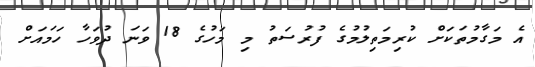
އެ މަގާމުތަކަށް ކުރިމަތިލުމުގެ ފުރުސަތު މި މަހުގެ 18 ވަނަ ދުވަހާ ހަމައަށް